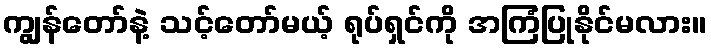
ကျွန်တော်နဲ့ သင့်တော်မယ့် ရုပ်ရှင်ကို အကြံပြုနိုင်မလား။